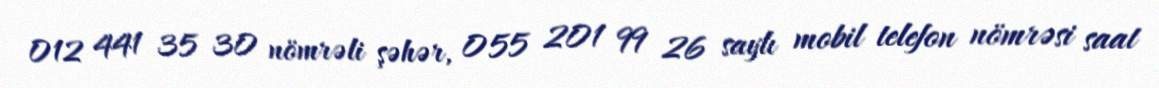
012 441 35 30 nömrəli şəhər, 055 201 99 26 saylı mobil telefon nömrəsi saat